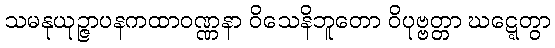
သမနုယုဉ္ဇာပနကထာဝဏ္ဏနာ ဝိသေနိဘူတော ဝိပုဗ္ဗတ္တာ ဃဋ္ဋေတွာ